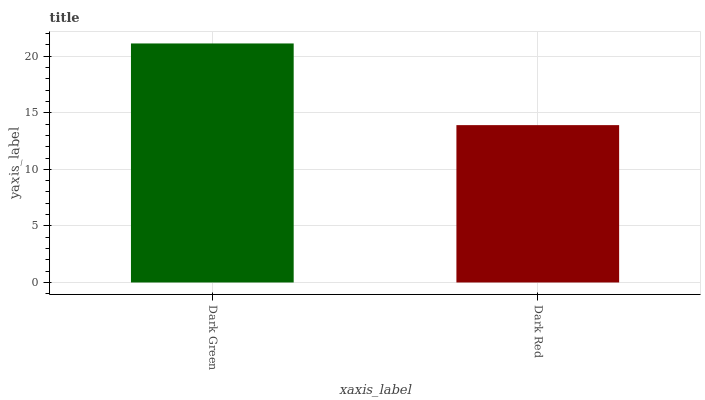
| xaxis_label | bars |
 | --- | --- |
 | Dark Green | 21.1 |
 | Dark Red | 13.9 |